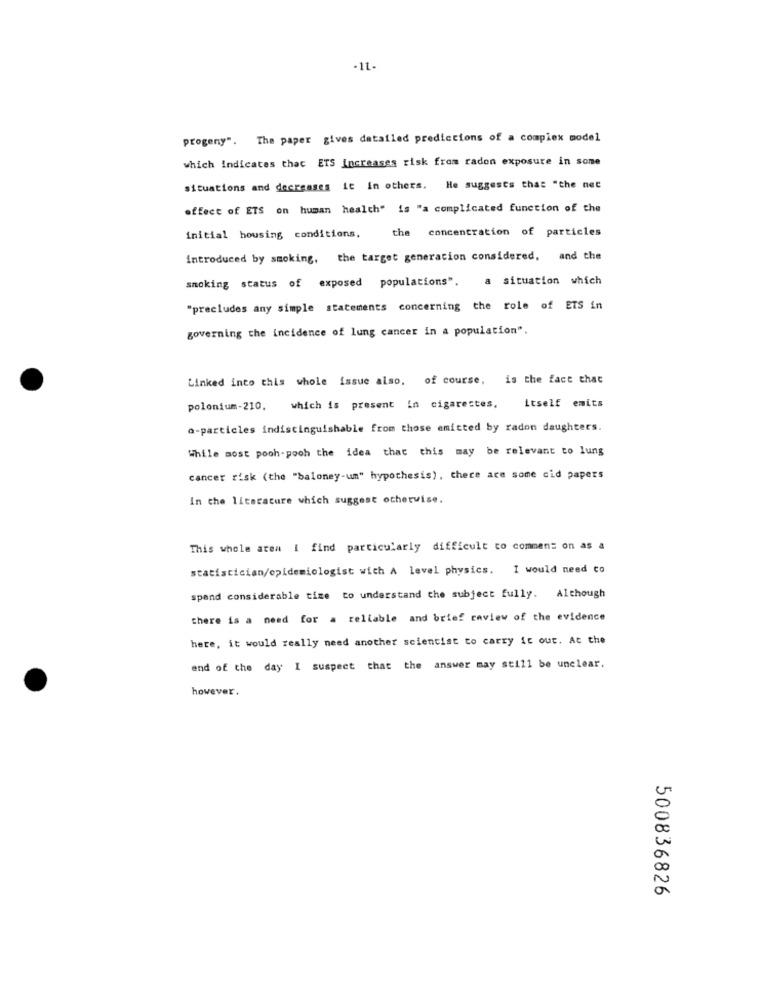
-11.
progeny". The paper gives detailed predictions of a complex model
which indicates that ETS Increases risk from radon exposure in some
situations and decreases it in others. He suggests that "the net
effect of ETS on human health" is "a complicated function of the
the concentration of particles
initial housing conditions.
introduced by smoking, the target generacion considered, and the
smoking status of exposed populations".
a situation which
"precludes any simple statements concerning the role of ETS in
governing the incidence of lung cancer in a population".
Linked into this whole issue also. of course, is the fact that
itself emits
polonium-210, which is present in cigarestes.
a-particles indistinguishable from those emitted by radon daughters.
While most pooh-pooh the idea that this may be relevant to lung
cancer risk (the "baloney-um" hypothesis), there are some cid papers
In che literature which suggest otherwise.
This whole aten i find particularly difficult to comment on as a
statistician/epidemiologist with A level physics. I would need co
spend considerable tize to understand the subject fully. Although
there is a need for a reliable and brief review of the evidence
here, it would really need another scientist to carry it out. At the
end of the day I suspect that the answer may still be unclear.
however.
500836826